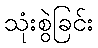
သုံးစွဲခြင်း